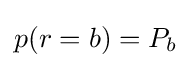
p(r=b)=P_{b}